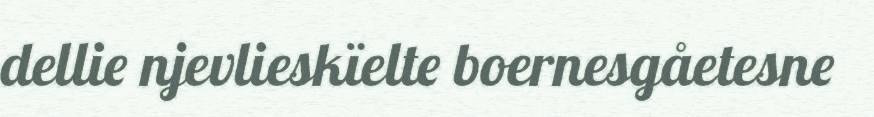
dellie njevlieskïelte boernesgåetesne